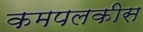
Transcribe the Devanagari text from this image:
कमपलकीस